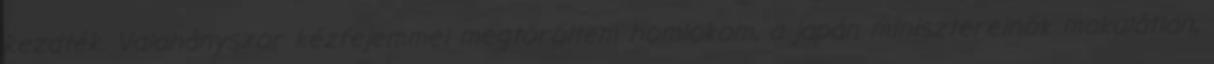
kezdték. Valahányszor kézfejemmel megtöröltem homlokom, a japán miniszterelnök makulátlan,